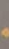
.